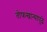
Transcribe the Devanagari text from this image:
तोफखान्यापुढे